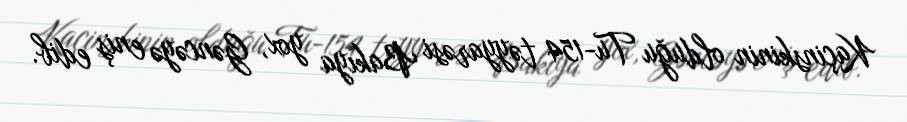
Kaçinskinin olduğu Tu-154 təyyarəsi Bakıya yox, Gəncəyə eniş edib.